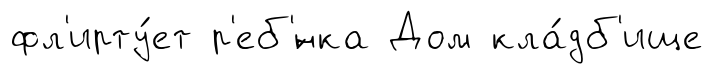
фл'ирту́ет р'еб'́нка Дом кла́дб'ище